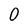
Character: O